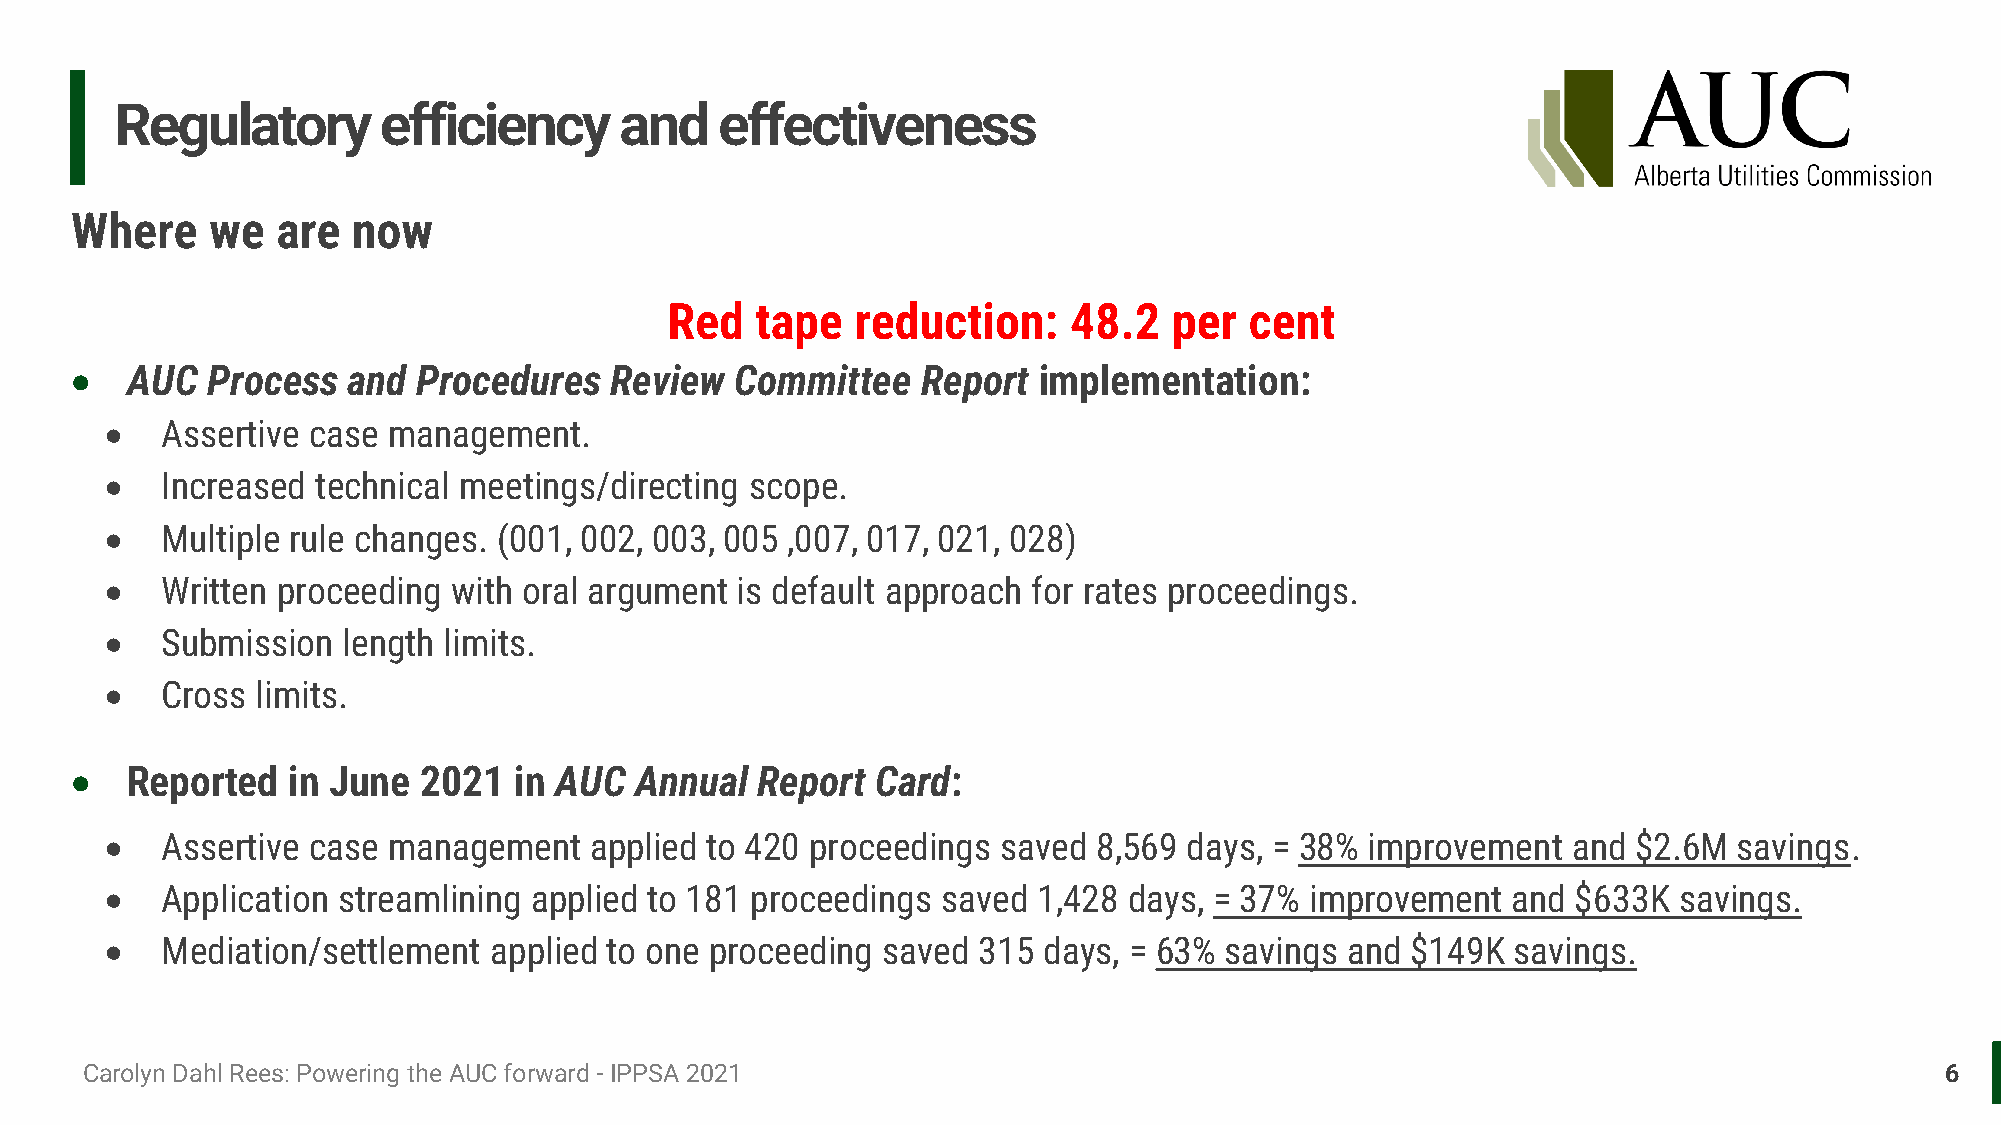
Regulatory       efficiency      and    effectiveness
 Where    we  are  now
 Red   tape   reduction:    48.2   per  cent
 •  AUC   Process  and  Procedures  Review   Committee   Report  implementation:
 •   Assertive case management.
 •   Increased technical meetings/directing scope.
 •   Multiple rule changes. (001, 002, 003, 005 ,007, 017, 021, 028)
 •   Written proceeding with oral argument is default approach for rates proceedings.
 •   Submission  length limits.
 •   Cross limits.
 •  Reported   in June  2021  in AUC  Annual  Report  Card:
 •   Assertive case management   applied to 420 proceedings saved  8,569 days, = 38% improvement  and $2.6M  savings.
 •   Application streamlining applied to 181 proceedings saved 1,428 days, = 37% improvement  and $633K  savings.
 •   Mediation/settlement applied to one proceeding saved  315 days, = 63% savings and $149K  savings.
 Carolyn Dahl Rees: Powering the AUC forward - IPPSA 2021                                                                    6